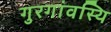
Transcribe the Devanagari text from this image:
गुरगांवस्थि